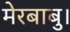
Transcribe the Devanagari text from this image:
मेरबाबु।